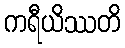
ကရီယိဿတိ